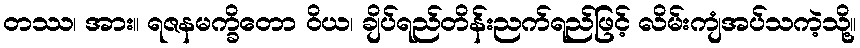
တဿ၊ အား။ ရဇနမက္ခိတော ဝိယ၊ ချိပ်ရည်တိန်းညက်ရည်ဖြင့် လိမ်းကျံအပ်သကဲ့သို့။